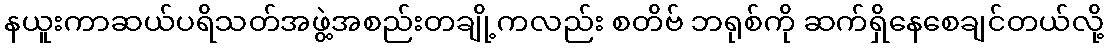
နယူးကာဆယ်ပရိသတ်အဖွဲ့အစည်းတချို့ကလည်း စတိဗ် ဘရုစ်ကို ဆက်ရှိနေစေချင်တယ်လို့